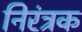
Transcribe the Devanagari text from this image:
निरंत्रक